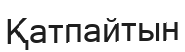
Қатпайтын